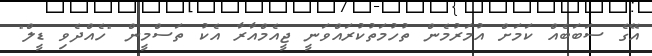
އޭގެ ސަބަބެއް ކަމަށް އުމަރުމެން ތުހުމަތުކުރައްވަނީ ޖީއެމްއާރާ އެކު ތަސްމީން "ހެއްދެވި ޑީލް"